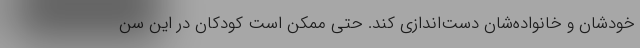
خودشان و خانواده‌شان دست‌اندازی کند. حتی ممکن است کودکان در این سن